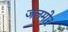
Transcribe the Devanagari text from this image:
जलमोर